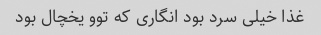
غذا خیلی سرد بود انگاری که توو یخچال بود